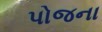
પોજના